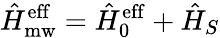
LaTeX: \hat{H}_{\mathrm{mw}}^{\mathrm{eff}}=\hat{H}_{0}^{\mathrm{eff}}+\hat{H}_{S}